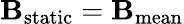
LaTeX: {\mathbf B}_{\mathrm{static}}={\mathbf B}_{\mathrm{mean}}